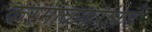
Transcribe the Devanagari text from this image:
करमाळकरांकडे